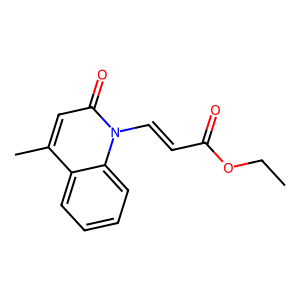
SMILES: CCOC(=O)C=Cn1c(=O)cc(C)c2ccccc21
Inhibits HIV replication: No